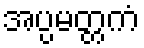
အပ္ပမတ္တကံ